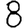
Digit: 8